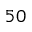
5 0